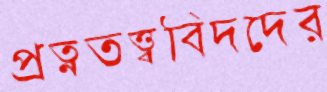
প্রত্নতত্ত্ববিদদের